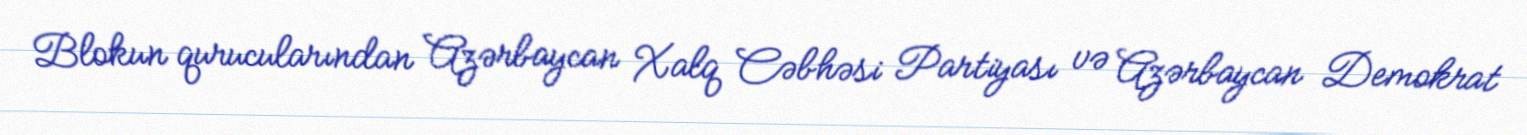
Blokun qurucularından Azərbaycan Xalq Cəbhəsi Partiyası və Azərbaycan Demokrat